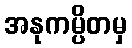
အနုကမ္ပိတမှ